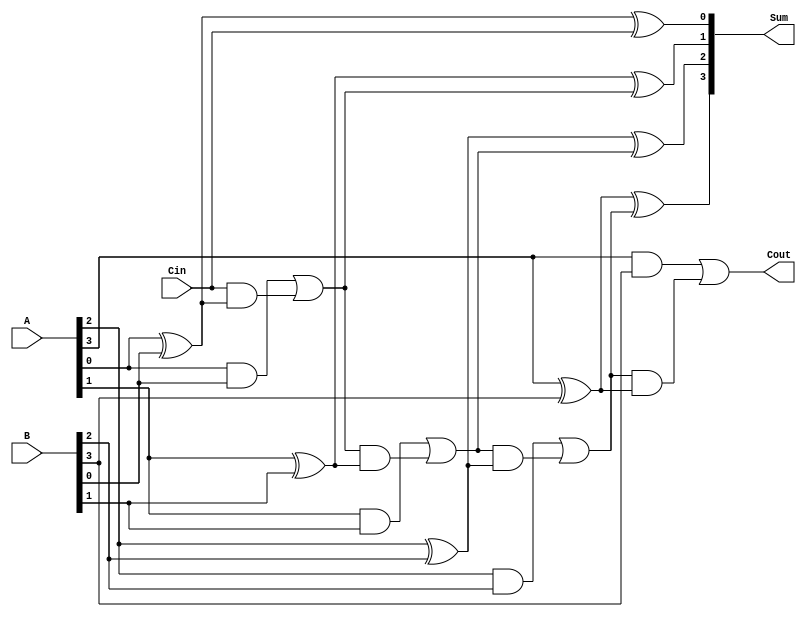
module conditional_sum_adder #(
    parameter N = 4  // Bit-width of the adder
) (
    input  wire [N-1:0] A,        // First n-bit input
    input  wire [N-1:0] B,        // Second n-bit input
    input  wire Cin,               // Carry-in
    output wire [N-1:0] Sum,       // n-bit Sum output
    output wire Cout               // Carry-out
);

    // Internal wires for partial sums and carries
    wire [N:0] C;                 // Carry signals (C[0] = Cin)
    wire [N-1:0] P;               // Partial sums

    // Assign the initial carry
    assign C[0] = Cin;

    // Calculate the partial sums and carries
    generate
        genvar i;
        for (i = 0; i < N; i = i + 1) begin : CSA
            assign P[i] = A[i] ^ B[i] ^ C[i];  // Partial sum
            assign C[i+1] = (A[i] & B[i]) | (C[i] & (A[i] ^ B[i]));  // Carry generation
        end
    endgenerate

    // Final sum output
    assign Sum = P;               // Final sum is the partial sum
    assign Cout = C[N];          // Carry-out is the last carry

endmodule